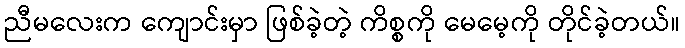
ညီမလေးက ကျောင်းမှာ ဖြစ်ခဲ့တဲ့ ကိစ္စကို မေမေ့ကို တိုင်ခဲ့တယ်။